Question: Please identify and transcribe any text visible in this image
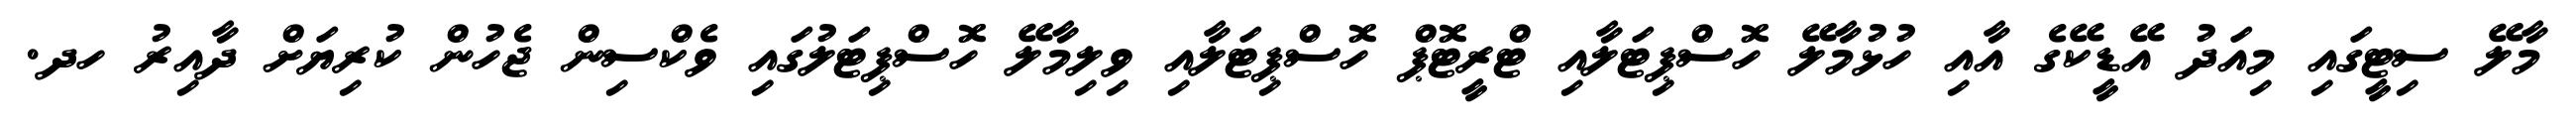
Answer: މާލޭ ސިޓީގައި މިއަދު އޭޑީކޭގެ އާއި ހުޅުމާލޭ ހޮސްޕިޓަލާއި ޓްރީޓޮޕް ހޮސްޕިޓަލާއި ވިލިމާލޭ ހޮސްޕިޓަލުގައި ވެކްސިން ޖެހުން ކުރިޔަށް ދާއިރު ހދ.